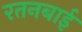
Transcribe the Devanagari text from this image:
रतनबाई